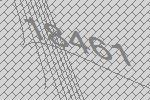
18461